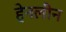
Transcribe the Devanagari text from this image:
हेनलीन